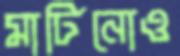
মার্টিনোও